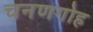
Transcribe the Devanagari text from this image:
चनणगोह